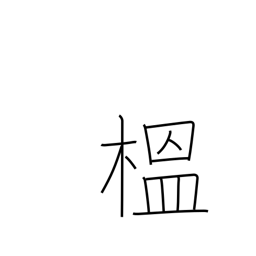
Meaning: quince